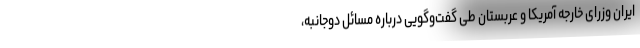
ایران وزرای خارجه آمریکا و عربستان طی گفت‌وگویی درباره مسائل دوجانبه،